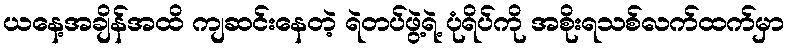
ယနေ့အချိန်အထိ ကျဆင်းနေတဲ့ ရဲတပ်ဖွဲ့ရဲ့ ပုံရိပ်ကို အစိုးရသစ်လက်ထက်မှာ